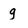
Character: g